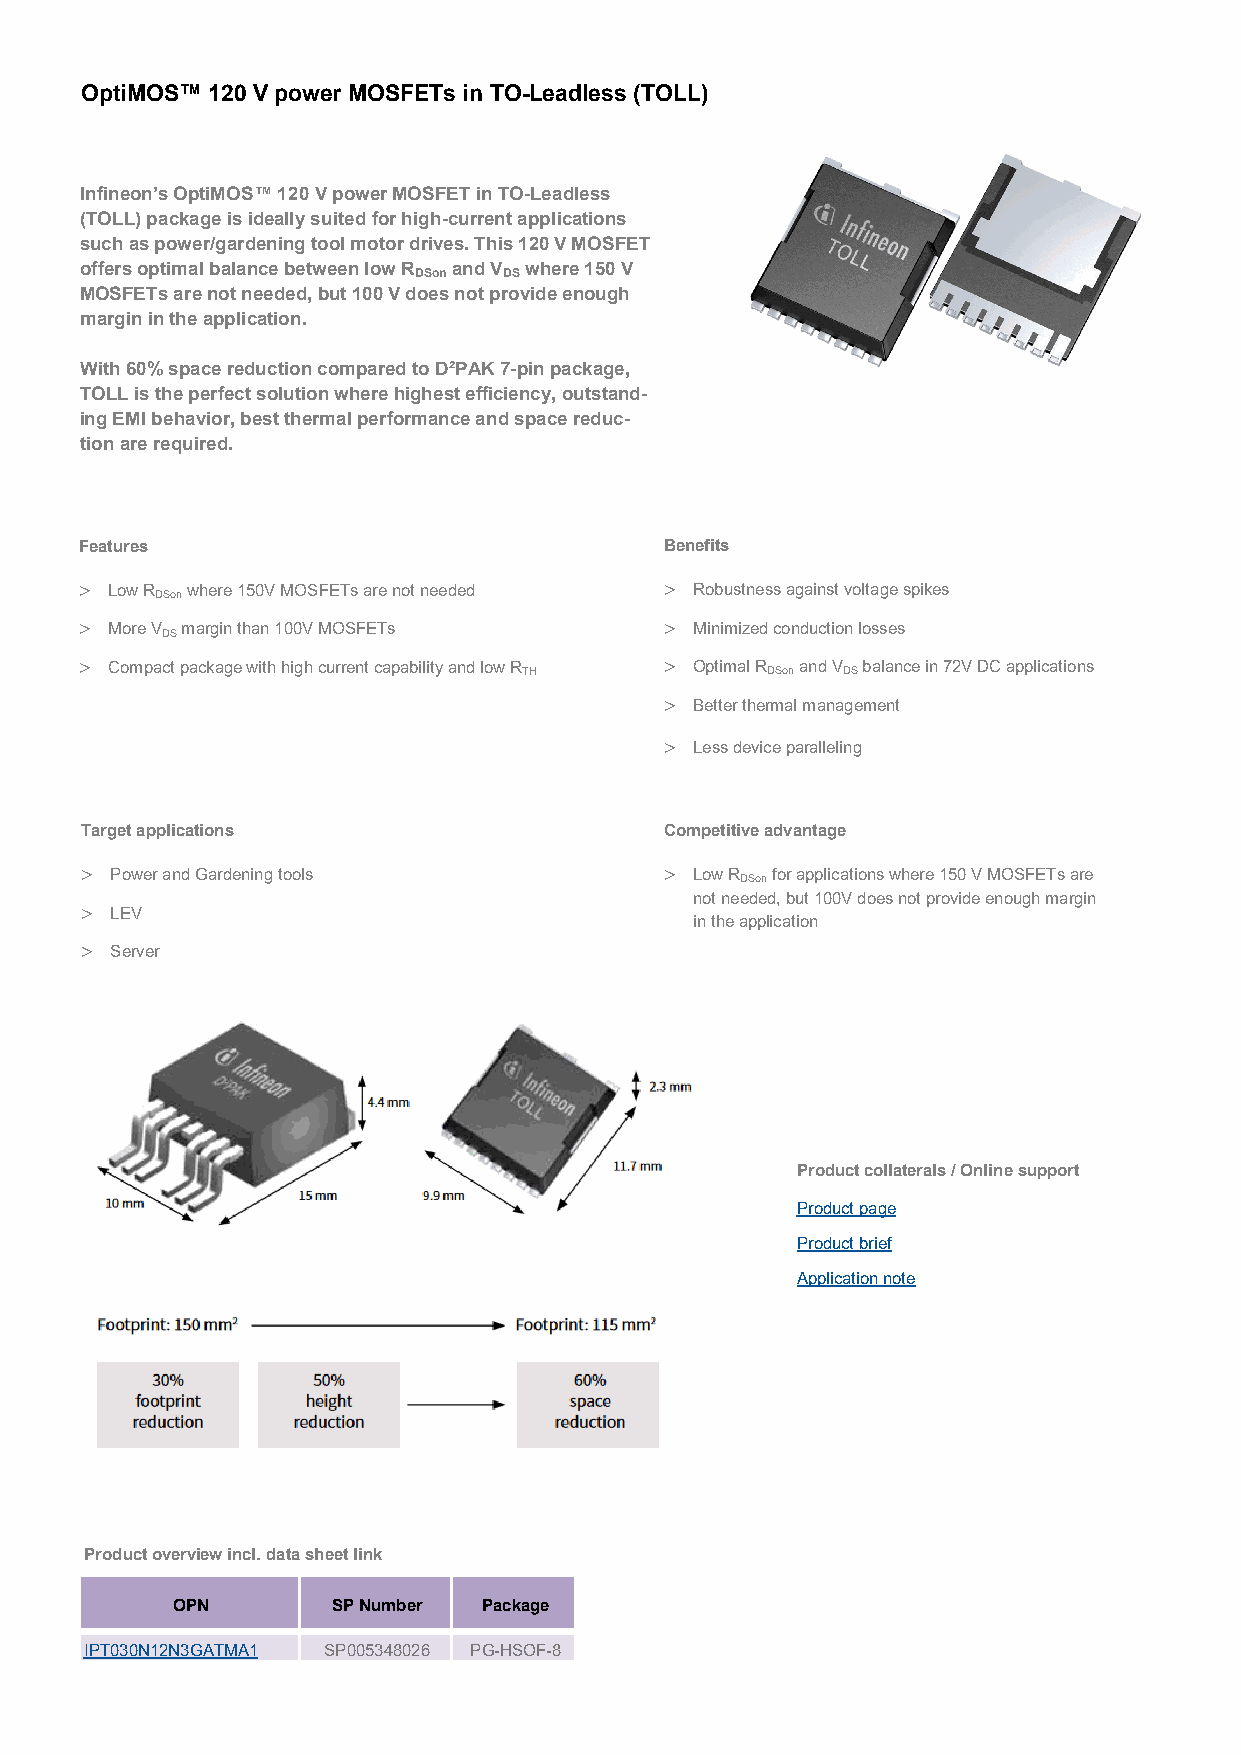
OptiMOS™ 120 V power MOSFETs in TO-Leadless (TOLL)
 Infineon’s OptiMOS™ 120 V power MOSFET in TO-Leadless
 (TOLL) package is ideally suited for high-current applications
 such as power/gardening tool motor drives. This 120 V MOSFET
 offers optimal balance between low R and V where 150 V
 DSon  DS
 MOSFETs are not needed, but 100 V does not provide enough
 margin in the application.
 With 60% space reduction compared to D²PAK 7-pin package,
 TOLL is the perfect solution where highest efficiency, outstand-
 ing EMI behavior, best thermal performance and space reduc-
 tion are required.
 Features                               Benefits
  Low R where 150V MOSFETs are not needed  Robustness against voltage spikes
 DSon
  More V margin than 100V MOSFETs       Minimized conduction losses
 DS
  Compact package with high current capability and low R  Optimal R and V balance in 72V DC applications
 TH              DSon DS
  Better thermal management
  Less device paralleling
 Target applications                    Competitive advantage
  Power and Gardening tools             Low R for applications where 150 V MOSFETs are
 DSon
 not needed, but 100V does not provide enough margin
  LEV
 in the application
  Server
 Product collaterals / Online support
 Product page
 Product brief
 Application note
 Product overview incl. data sheet link
 OPN        SP Number Package
 IPT030N12N3GATMA1 SP005348026 PG-HSOF-8